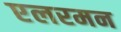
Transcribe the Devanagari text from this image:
एलरमन